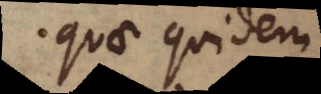
quae quidem